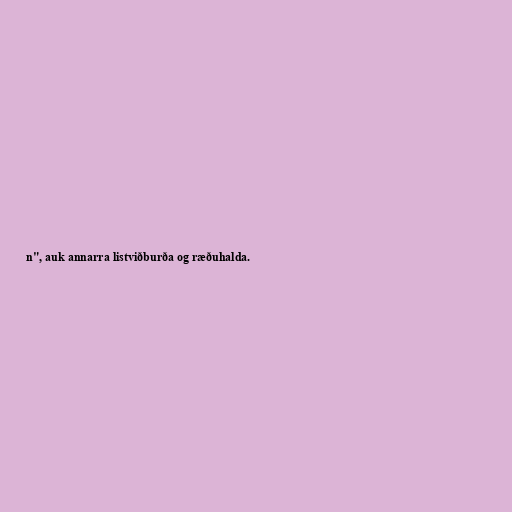
n", auk annarra listviðburða og ræðuhalda.